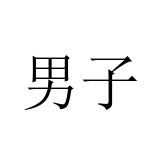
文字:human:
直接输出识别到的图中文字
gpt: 男子